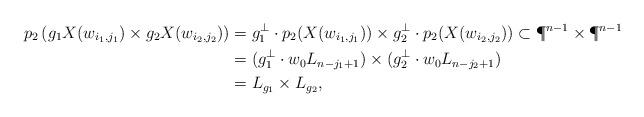
LaTeX: \begin{align*} p_2\left(g_1X(w_{i_1,j_1})\times g_2X(w_{i_2,j_2}) \right) &= g_1^\bot \cdot p_2(X(w_{i_1,j_1})) \times g_2^\bot \cdot p_2(X(w_{i_2,j_2})) \subset \P^{n-1} \times \P^{n-1} \\&= (g_1^\bot \cdot w_0L_{n-j_1+1}) \times (g_2^\bot \cdot w_0 L_{n-j_2+1}) \\&=L_{g_1} \times L_{g_2},\end{align*}